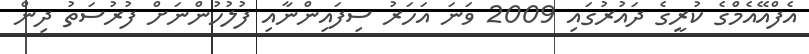
އެފްއޭއެމްގެ ކުރީގެ ދައުރުގައި 2009 ވަނަ އަހަރު ސިފައިންނާއި ފުލުހުންނަށް ފުރުސަތު ދިން